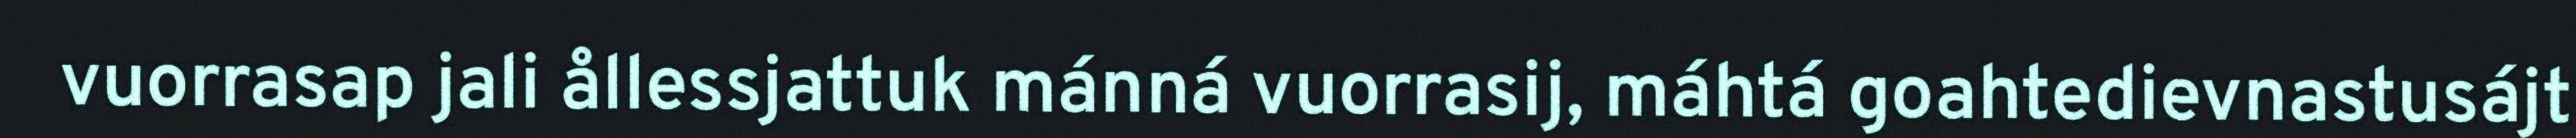
vuorrasap jali ållessjattuk mánná vuorrasij, máhtá goahtedievnastusájt